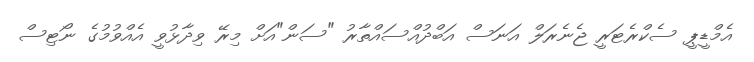
އެމްޑީޕީ ސެކްރެޓަރީ ޖެނެރަލް އަނަސް އަބްދުއްސައްތާރު "ސަން"އަށް މިރޭ ވިދާޅުވީ އެއްވުމުގެ ނޯޓިސް